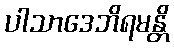
ပါသာဒေဘိရမန္တိ